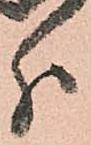
分